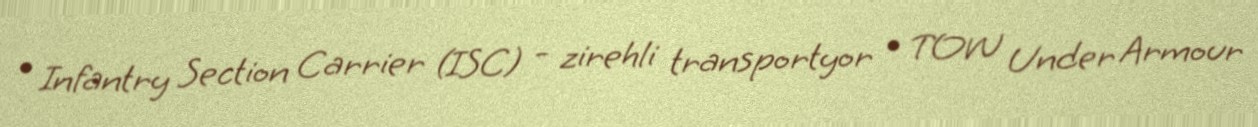
• Infantry Section Carrier (ISC) - zirehli transportyor • TOW Under Armour